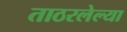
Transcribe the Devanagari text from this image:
ताठरलेल्या